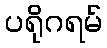
ပရိုဂရမ်